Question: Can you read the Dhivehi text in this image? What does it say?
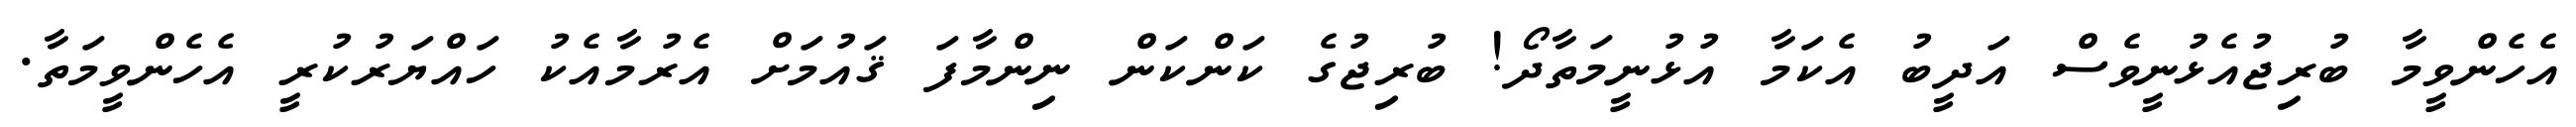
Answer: އެހެންވީމާ ބުރިޖުއެޅުނީވެސް އަދީބު އެކަމާ އުޅުނީމަތާދޯ! ބުރިޖުގެ ކަންކަން ނިންމާފަ ޤައުމަށް އެރުމާއެކު ހައްޔަރުކުރީ އެހެންވީމަތާ.